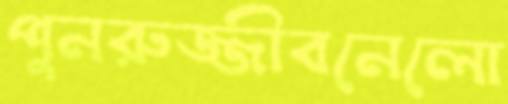
পুনরুজ্জীবনেলো